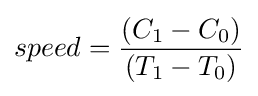
speed={\frac {(C_{1}-C_{0})}{(T_{1}-T_{0})}}